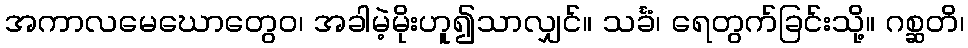
အကာလမေဃောတွေဝ၊ အခါမဲ့မိုးဟူ၍သာလျှင်။ သင်္ခံ၊ ရေတွက်ခြင်းသို့။ ဂစ္ဆတိ၊